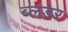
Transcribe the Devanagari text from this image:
ब्लडर